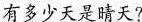
有多少天是晴天?